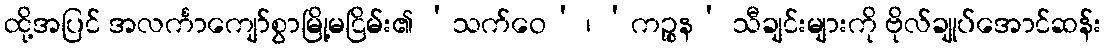
ထို့အပြင် အလင်္ကာကျော်စွာမြို့မငြိမ်း၏ ‘သက်ဝေ’ ၊ ‘ကဉ္စန’ သီချင်းများကို ဗိုလ်ချုပ်အောင်ဆန်း